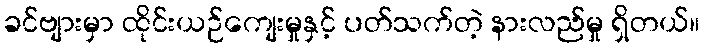
ခင်ဗျားမှာ ထိုင်းယဉ်ကျေးမှုနှင့် ပတ်သက်တဲ့ နားလည်မှု ရှိတယ်။